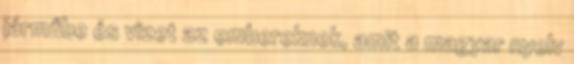
járműbe és vizet az embereknek, amit a magyar nyelv